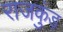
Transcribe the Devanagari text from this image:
राजकुंड़